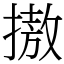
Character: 𢳆